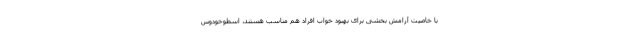
با خاصیت آرامش بخشی برای بهبود خواب افراد هم مناسب هستند، اسطوخودوس